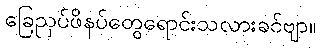
ခြေညှပ်ဖိနပ်တွေရောင်းသလားခင်ဗျာ။